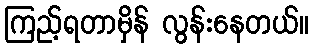
ကြည့်ရတာမှိန် လွန်းနေတယ်။